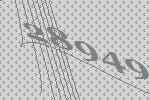
28949